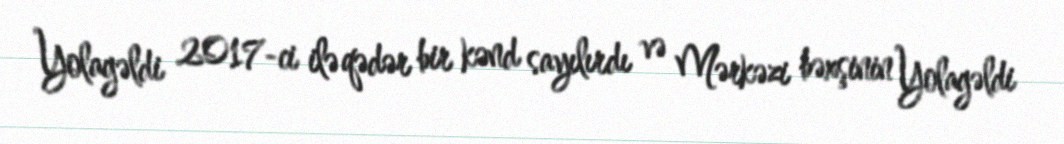
Yolagəldi 2017-ci ilə qədər bir kənd sayılırdı və Mərkəzi bəxşinin Yolagəldi